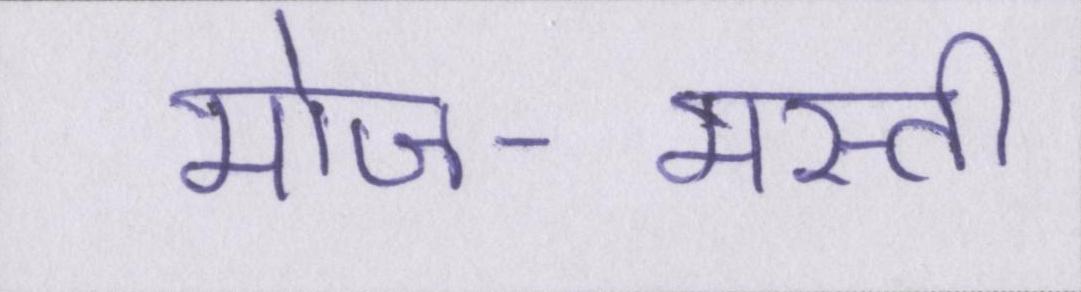
मोज-मस्ती